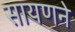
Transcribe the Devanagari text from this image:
सायणने